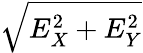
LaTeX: \sqrt{E_{X}^{2}+E_{Y}^{2}}